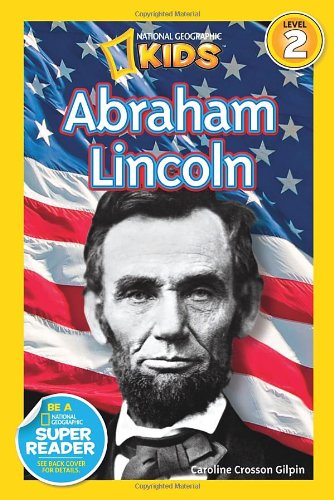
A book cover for National Geographic Readers: Abraham Lincoln (Readers Bios); Caroline Crosson Gilpin; Children's Books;